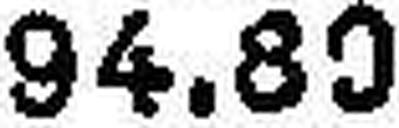
94.83